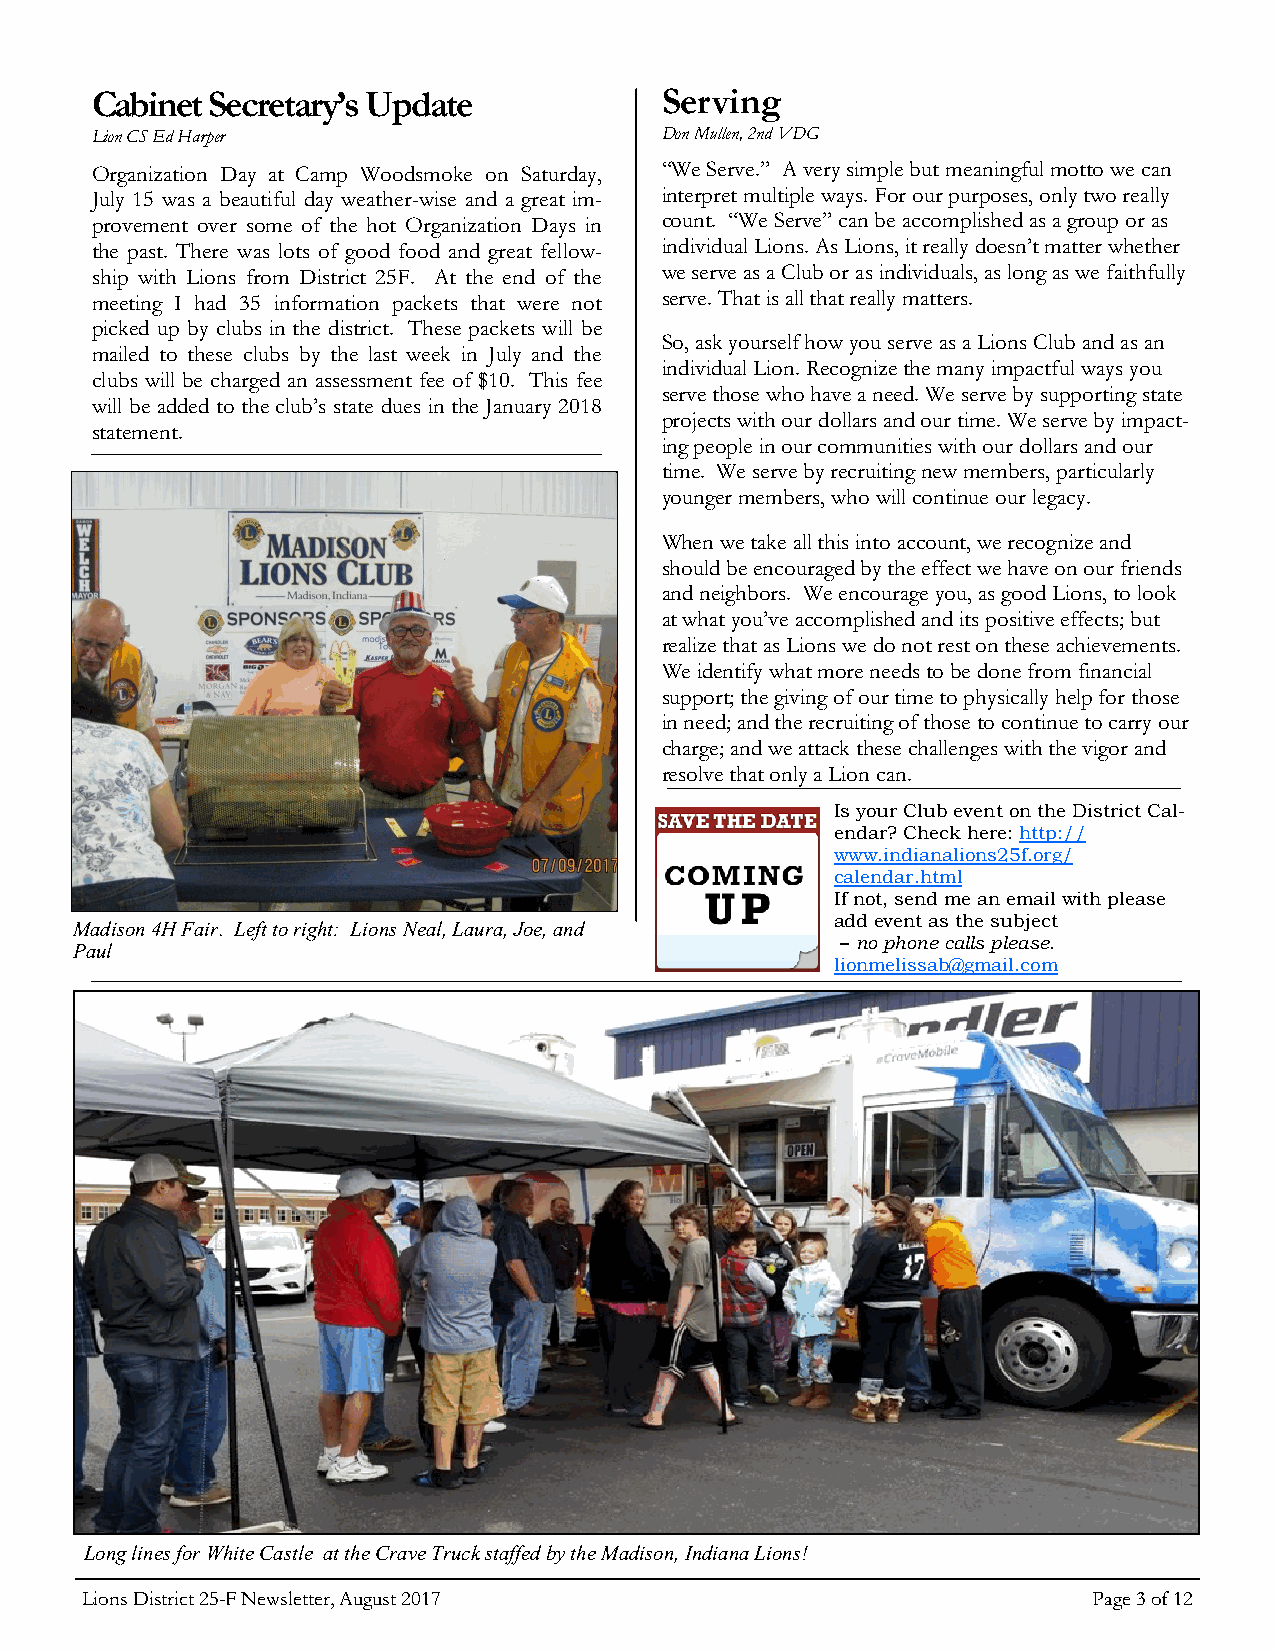
Cabinet Secretary’s Update            Serving
 Lion CS Ed Harper                     Don Mullen, 2nd VDG
 Organization Day at Camp Woodsmoke on Saturday, “We Serve.” A very simple but meaningful motto we can
 July 15 was a beautiful day weather-wise and a great im- interpret multiple ways. For our purposes, only two really
 provement over some of the hot Organization Days in count. “We Serve” can be accomplished as a group or as
 the past. There was lots of good food and great fellow- individual Lions. As Lions, it really doesn’t matter whether
 ship with Lions from District 25F. At the end of the we serve as a Club or as individuals, as long as we faithfully
 meeting I had 35 information packets that were not serve. That is all that really matters.
 picked up by clubs in the district. These packets will be
 So, ask yourself how you serve as a Lions Club and as an
 mailed to these clubs by the last week in July and the
 individual Lion. Recognize the many impactful ways you
 clubs will be charged an assessment fee of $10. This fee
 serve those who have a need. We serve by supporting state
 will be added to the club’s state dues in the January 2018
 projects with our dollars and our time. We serve by impact-
 statement.
 ing people in our communities with our dollars and our
 time. We serve by recruiting new members, particularly
 younger members, who will continue our legacy.
 When we take all this into account, we recognize and
 should be encouraged by the effect we have on our friends
 and neighbors. We encourage you, as good Lions, to look
 at what you’ve accomplished and its positive effects; but
 realize that as Lions we do not rest on these achievements.
 We identify what more needs to be done from financial
 support; the giving of our time to physically help for those
 in need; and the recruiting of those to continue to carry our
 charge; and we attack these challenges with the vigor and
 resolve that only a Lion can.
 Is your Club event on the District Cal-
 endar? Check here: http://
 www.indianalions25f.org/
 calendar.html
 If not, send me an email with please
 add event as the subject
 Madison 4H Fair. Left to right: Lions Neal, Laura, Joe, and
 – no phone calls please.
 Paul
 lionmelissab@gmail.com
 Long lines for White Castle at the Crave Truck staffed by the Madison, Indiana Lions!
 Lions District 25-F Newsletter, August 2017                        Page 3 of 12